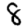
Digit: 8